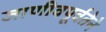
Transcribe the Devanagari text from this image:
जाणीवपूर्वतेने